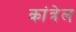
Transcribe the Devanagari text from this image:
कांत्रेल